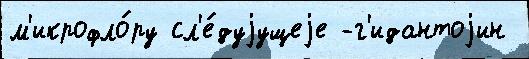
м'икрофло́ру сл'е́дуjущеjе -г'идантоjин